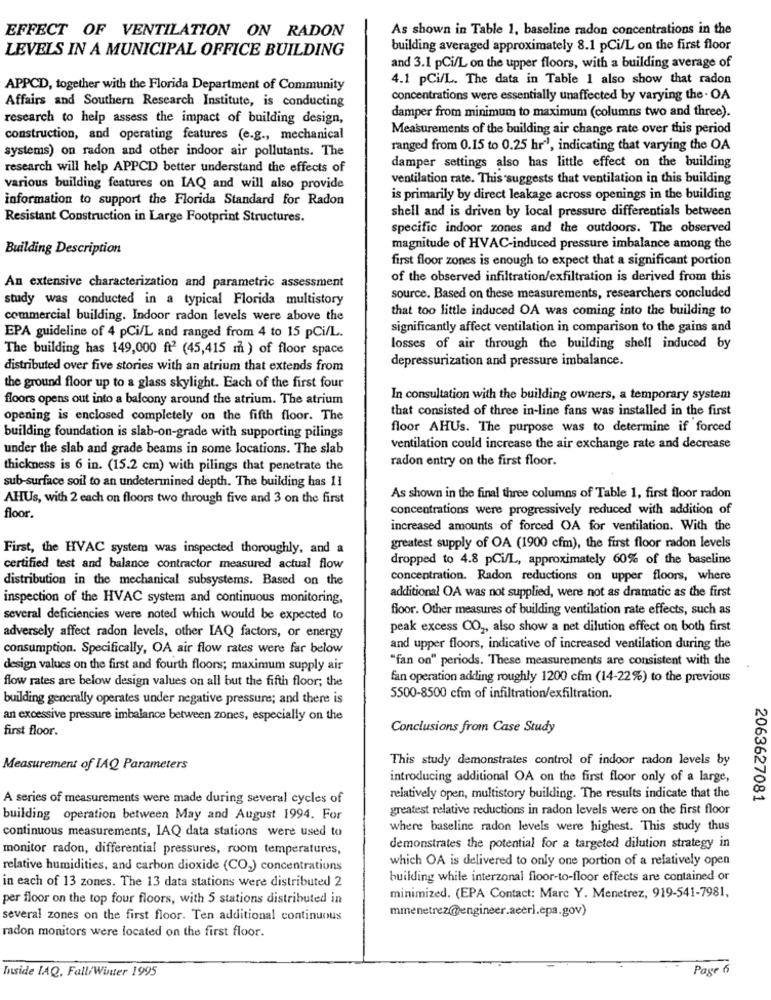
EFFECT OF VENTILATION ON RADON
As shown in Table 1, baseline radon concentrations in the
LEVELS IN A MUNICIPAL OFFICE BUILDING
building averaged approximately 8.1 pCi/L on the first floor
and 3.1 pCi/L on the upper floors, with a building average of
4.1 pCi/L. The data in Table 1 also show that radon
APPCD, together with the Florida Department of Community
concentrations were essentially unaffected by varying the - OA
Affairs and Southern Research Institute, is conducting
damper from minimum to maximum (columns two and three).
research to help assess the impact of building design,
Measurements of the building air change rate over this period
construction, and operating features (e.g ., mechanical
ranged from 0.15 to 0.25 hr', indicating that varying the OA
systems) on radon and other indoor air pollutants. The
damper settings also has little effect on the building
research will help APPCD better understand the effects of
ventilation rate. This suggests that ventilation in this building
various building features on IAQ and will also provide
information to support the Florida Standard for Radon
is primarily by direct leakage across openings in the building
shell and is driven by local pressure differentials between
Resistant Construction in Large Footprint Structures.
specific indoor zones and the outdoors. The observed
Building Description
magnitude of HVAC-induced pressure imbalance among the
first floor zones is enough to expect that a significant portion
of the observed infiltration/exfiltration is derived from this
An extensive characterization and parametric assessment
study was conducted in a typical Florida multistory
source. Based on these measurements, researchers concluded
that too little induced OA was coming into the building to
commercial building. Indoor radon levels were above the
significantly affect ventilation in comparison to the gains and
EPA guideline of 4 pCi/L and ranged from 4 to 15 pCi/L.
The building has 149,000 ft2 (45,415 m ) of floor space
losses of air through the building shell induced by
depressurization and pressure imbalance.
distributed over five stories with an atrium that extends from
the ground floor up to a glass skylight. Each of the first four
floors opens out into a balcony around the atrium. The atrium
In consultation with the building owners, a temporary system
that consisted of three in-line fans was installed in the first
opening is enclosed completely on the fifth floor. The
floor AHUs. The purpose was to determine if forced
building foundation is slab-on-grade with supporting pilings
under the slab and grade beams in some locations. The slab
ventilation could increase the air exchange rate and decrease
radon entry on the first floor.
thickness is 6 in. (15.2 cm) with pilings that penetrate the
sub-surface soil to an undetermined depth. The building has 11
AHUs, with 2 each on floors two through five and 3 on the first
As shown in the final three columns of Table 1, first floor radon
concentrations were progressively reduced with addition of
floor.
increased amounts of forced OA for ventilation. With the
First, the HVAC system was inspected thoroughly, and a
greatest supply of OA (1900 cfm), the first floor radon levels
dropped to 4.8 pCi/L, approximately 60% of the baseline
certified test and balance contractor measured actual flow
distribution in the mechanical subsystems. Based on the
concentration. Radon reductions on upper floors, where
additional OA was not supplied, were not as dramatic as the first
inspection of the HVAC system and continuous monitoring,
floor. Other measures of building ventilation rate effects, such as
several deficiencies were noted which would be expected to
peak excess CO2, also show a net dilution effect on both first
adversely affect radon levels, other IAQ factors, or energy
consumption. Specifically, OA air flow rates were far below
and upper floors, indicative of increased ventilation during the
"fan on" periods. These measurements are consistent with the
design values on the first and fourth floors; maximum supply air
flow rates are below design values on all but the fifth floor; the
fan operation adding roughly 1200 cfm (14-22%) to the previous
building generally operates under negative pressure; and there is
5500-8500 cfm of infiltration/exfiltration.
an excessive pressure imbalance between zones, especially on the
first floor.
Conclusions from Case Study
This study demonstrates control of indoor radon levels by
Measurement of IAQ Parameters
introducing additional OA on the first floor only of a large,
A series of measurements were made during several cycles of
relatively open, multistory building. The results indicate that the
2063627081
greatest relative reductions in radon levels were on the first floor
building operation between May and August 1994. For
continuous measurements, IAQ data stations were used to
where baseline radon levels were highest. This study thus
monitor radon, differential pressures, room temperatures,
demonstrates the potential for a targeted dilution strategy in
which OA is delivered to only one portion of a relatively open
relative humidities, and carbon dioxide (CO2) concentrations
in each of 13 zones. The 13 data stations were distributed 2
building while interzonal floor-to-floor effects are contained or
per floor on the top four floors, with 5 stations distributed in
minimized. (EPA Contact: Marc Y. Menetrez, 919-541-7981,
mmenetrez@engineer.aceri.epa.gov)
several zones on the first floor. Ten additional continuous
radon monitors were located on the first floor.
Inside IAQ, Fall/Winter 1995
Page 6